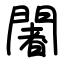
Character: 闍